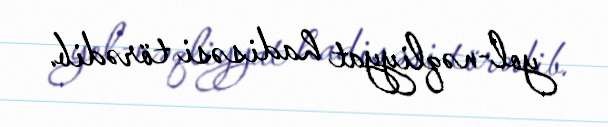
yol-nəqliyyat hadisəsi törədib.